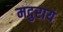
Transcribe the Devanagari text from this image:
मदुराय